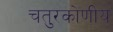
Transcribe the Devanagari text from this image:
चतुरकोणीय